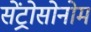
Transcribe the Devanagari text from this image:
सेंट्रोसोनोम